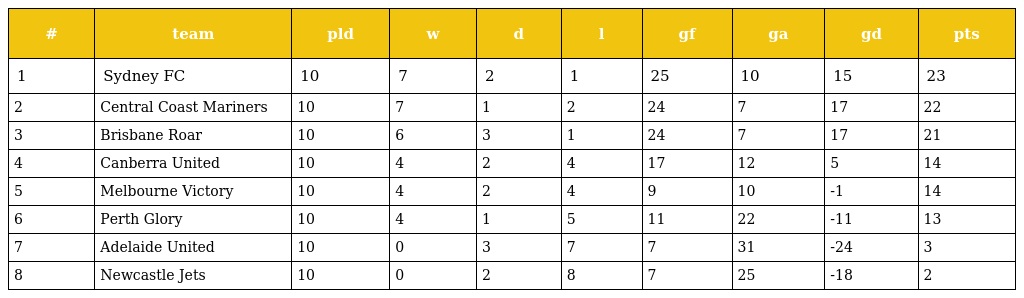
| # | team | pld | w | d | l | gf | ga | gd | pts |
 | --- | --- | --- | --- | --- | --- | --- | --- | --- | --- |
 | 1 | Sydney FC | 10 | 7 | 2 | 1 | 25 | 10 | 15 | 23 |
 | 2 | Central Coast Mariners | 10 | 7 | 1 | 2 | 24 | 7 | 17 | 22 |
 | 3 | Brisbane Roar | 10 | 6 | 3 | 1 | 24 | 7 | 17 | 21 |
 | 4 | Canberra United | 10 | 4 | 2 | 4 | 17 | 12 | 5 | 14 |
 | 5 | Melbourne Victory | 10 | 4 | 2 | 4 | 9 | 10 | -1 | 14 |
 | 6 | Perth Glory | 10 | 4 | 1 | 5 | 11 | 22 | -11 | 13 |
 | 7 | Adelaide United | 10 | 0 | 3 | 7 | 7 | 31 | -24 | 3 |
 | 8 | Newcastle Jets | 10 | 0 | 2 | 8 | 7 | 25 | -18 | 2 |